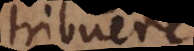
tribuere